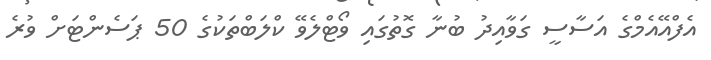
އެފްއޭއެމްގެ އަސާސީ ގަވާއިދު ބުނާ ގޮތުގައި ވޯޓްލެވޭ ކްލަބްތަކުގެ 50 ޕަސެންޓަށް ވުރެ